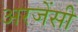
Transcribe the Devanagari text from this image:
अरजेंसी